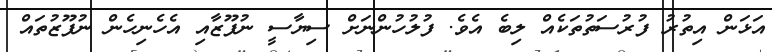
އަޅަން އިތުރު ފުރުސަތުތަކެއް ލިބެ އެވެ. ފުލުހުންނަށް ސިޔާސީ ނުފޫޒާއި އެހެނިހެން ނުފޫޒުތައް